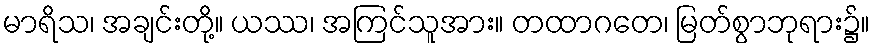
မာရိသ၊ အချင်းတို့။ ယဿ၊ အကြင်သူအား။ တထာဂတေ၊ မြတ်စွာဘုရား၌။